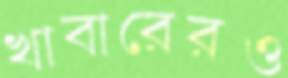
খাবারেরও